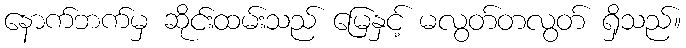
နောက်ဘက်မှ ဆိုင်းထမ်းသည် မြေနှင့် မလွတ်တလွတ် ရှိသည်။